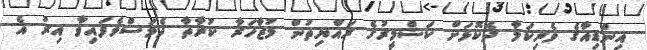
އިންޑިއާގެ ވެރިކަމާ ދެކޮޅަށް ކަޝްމީރުގެ ރައްޔިތުން މުޒާހަރާ ކުރާތާ ދެމަސްވެފައިވާ އިރު އެ